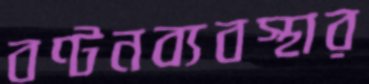
বণ্টনব্যবস্থার